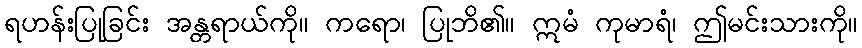
ရဟန်းပြုခြင်း အန္တရာယ်ကို။ ကရော၊ ပြုဘိ၏။ ဣမံ ကုမာရံ၊ ဤမင်းသားကို။